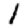
Digit: 1